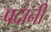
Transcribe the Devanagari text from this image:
पदानी